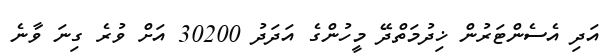
އަދި އެސެންޓަރުން ޚިދުމަތްދޭ މީހުންގެ އަދަދު 30200 އަށް ވުރެ ގިނަ ވާނެ